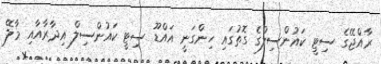
ރާއްޖޭގެ ސިޓީ ކައުންސިލްގެ ގޮތުގައި ހިންގަނީ އައްޑޫ ސިޓީ ކައުންސިލް އިދާރާއާއި މާލޭ